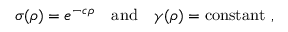
\sigma ( \rho ) = e ^ { - c \rho } \quad \mathrm { a n d } \quad \gamma ( \rho ) = \mathrm { c o n s t a n t } ~ ,